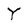
Character: Y